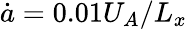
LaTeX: \dot{a}=0.01U_{A}/L_{x}